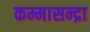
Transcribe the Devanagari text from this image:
कम्मासन्द्रा